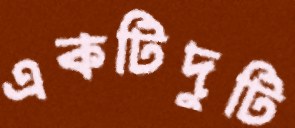
একটিদুটি